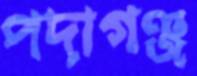
পদাগঞ্জ